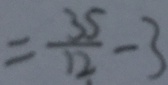
= \frac { 3 5 } { 1 2 } - 3